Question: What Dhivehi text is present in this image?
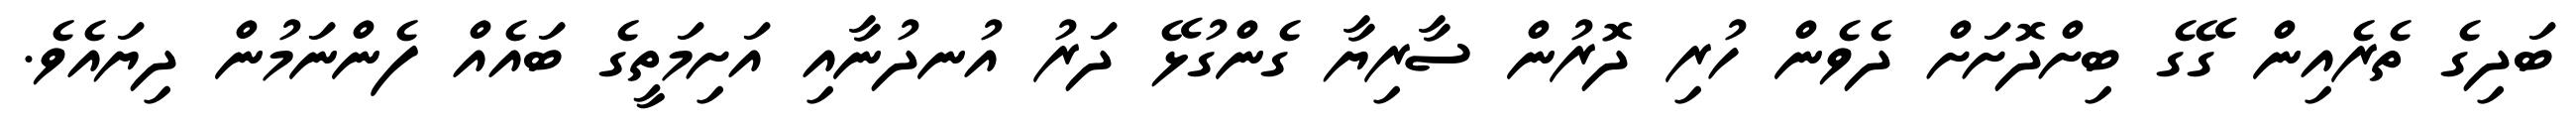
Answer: ބަދިގެ ތެރެއިން ގޭގެ ބިށްދޮށަށް ދެވެން ހުރި ދޮރުން ސާރިޔާ ގެންގުޅޭ ދަރު އުނދުނާއި އަށިމަތީގެ ބައެއް ފެންނަމުން ދިޔައެވެ.